Annual report on the Civil Veterinary Department, Burma (including the Insein Veterinary School) - 1910-1922
Year: 1910
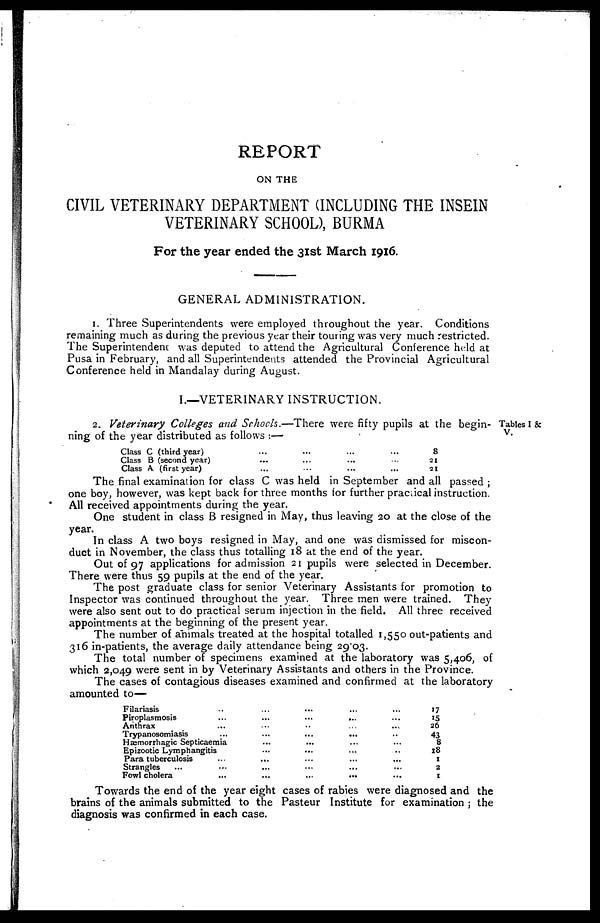
REPORT
ON THE
CIVIL VETERINARY DEPARTMENT (INCLUDING THE INSEIN
VETERINARY SCHOOL), BURMA
For the year ended the 31st March 1916.
GENERAL ADMINISTRATION.
1. Three Superintendents were employed throughout the year. Conditions
remaining much as during the previous year their touring was very much restricted.
The Superintendent was deputed to attend the Agricultural Conference held at
Pusa in February, and all Superintendents attended the Provincial Agricultural
Conference held in Mandalay during August.
I.—VETERINARY INSTRUCTION.
Tables I &
V.
2. Veterinary Colleges and Schools.—There were fifty pupils at the begin-
ning of the year distributed as follows :—
Class C (third year)
Class B (second year)
Class A. (first year)
...
...
...
...
...
...
...
...
...
...
...
...
8
21
21
The final examination for class C was held in September and all passed ;
one boy, however, was kept back for three months for further practical instruction.
All received appointments during the year.
One student in class B resigned in May, thus leaving 20 at the close of the
year.
In class A two boys resigned in May, and one was dismissed for miscon-
duct in November, the class thus totalling 18 at the end of the year.
Out of 97 applications for admission 21 pupils were selected in December.
There were thus 59 pupils at the end of the year.
The post graduate class for senior Veterinary Assistants for promotion to
Inspector was continued throughout the year. Three men were trained. They
were also sent out to do practical serum injection in the field. All three received
appointments at the beginning of the present year.
The number of animals treated at the hospital totalled 1,550 out-patients and
316 in-patients, the average daily attendance being 29.03.
The total number of specimens examined at the laboratory was 5,406, of
which 2,049 were sent in by Veterinary Assistants and others in the Province.
The cases of contagious diseases examined and confirmed at the laboratory
amounted to—
Filariasis
Piroplasmosis
Anthrax
Trypanosomiasis
..
...
...
...
Hæmorrhagic Septicæmia
Epizootic Lymphangitis
Para tuberculosis
Strangles ...
Fowl cholera
...
...
...
...
...
...
...
...
...
...
...
...
...
...
...
...
...
...
...
...
...
...
...
...
...
...
...
...
...
...
...
...
...
..
...
...
...
...
...
17
15
26
43
8
18
1
2
1
Towards the end of the year eight cases of rabies were diagnosed and the
brains of the animals submitted to the Pasteur Institute for examination ; the
diagnosis was confirmed in each case.